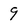
Character: 9